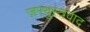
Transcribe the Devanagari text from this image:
ज़रथुस्त्रवाद